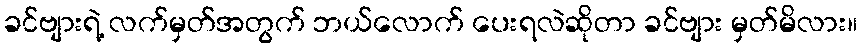
ခင်ဗျားရဲ့ လက်မှတ်အတွက် ဘယ်လောက် ပေးရလဲဆိုတာ ခင်ဗျား မှတ်မိလား။